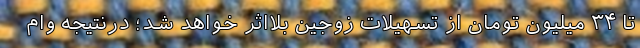
تا ۳۴ میلیون تومان از تسهیلات زوجین بلااثر خواهد شد؛ درنتیجه وام